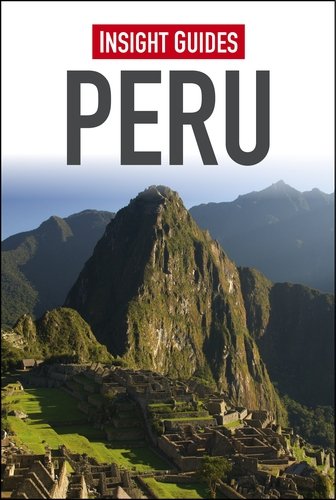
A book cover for Insight Guides: Peru; Insight Guides; Travel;